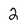
Character: 2